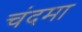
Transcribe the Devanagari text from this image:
चंदमा